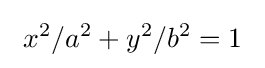
\ x^{2}/a^{2}+y^{2}/b^{2}=1\